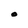
Character: O